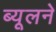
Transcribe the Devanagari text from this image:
ब्यूलने